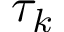
\tau _ { k }